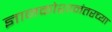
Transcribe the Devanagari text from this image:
ज्ञानकोशानंतरच्या